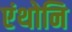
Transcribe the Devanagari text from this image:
एंथोनि